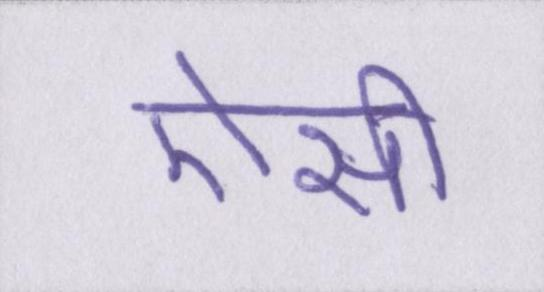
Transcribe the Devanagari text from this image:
ऐसी